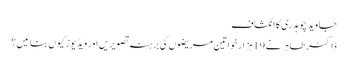
جاوید چوہدری کا انکشاف
ڈاکٹر طاہر نے 19 ہزار خواتین مریضوں کی برہنہ تصویریں اور ویڈیوز کیوں بنائیں؟